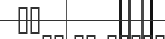
٧٢